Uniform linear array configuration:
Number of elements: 24
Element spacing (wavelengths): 0.75
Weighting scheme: uniform
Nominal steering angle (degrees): -15
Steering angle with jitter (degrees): -14.942
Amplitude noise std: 0.05
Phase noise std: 0.05

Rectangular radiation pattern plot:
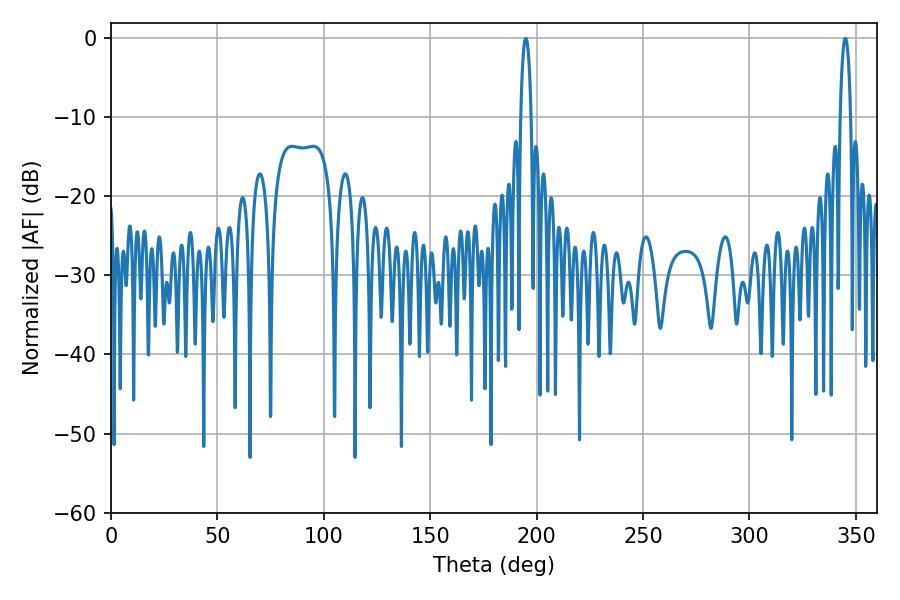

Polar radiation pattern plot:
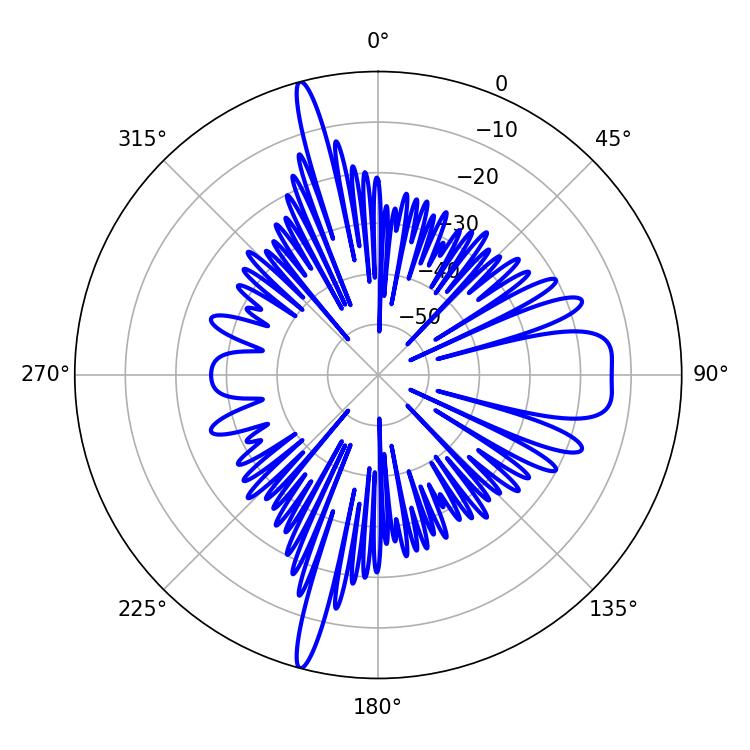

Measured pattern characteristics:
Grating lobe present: TRUE
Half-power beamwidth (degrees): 2.88
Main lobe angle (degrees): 194.94